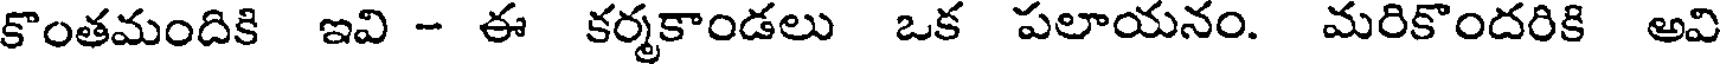
కొంతమందికి ఇవి - ఈ కర్మకాండలు ఒక పలాయనం. మరికొందరికి అవి